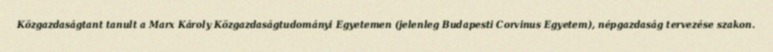
Közgazdaságtant tanult a Marx Károly Közgazdaságtudományi Egyetemen (jelenleg Budapesti Corvinus Egyetem), népgazdaság tervezése szakon.